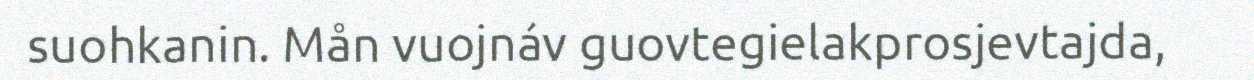
suohkanin. Mån vuojnáv guovtegielakprosjevtajda,